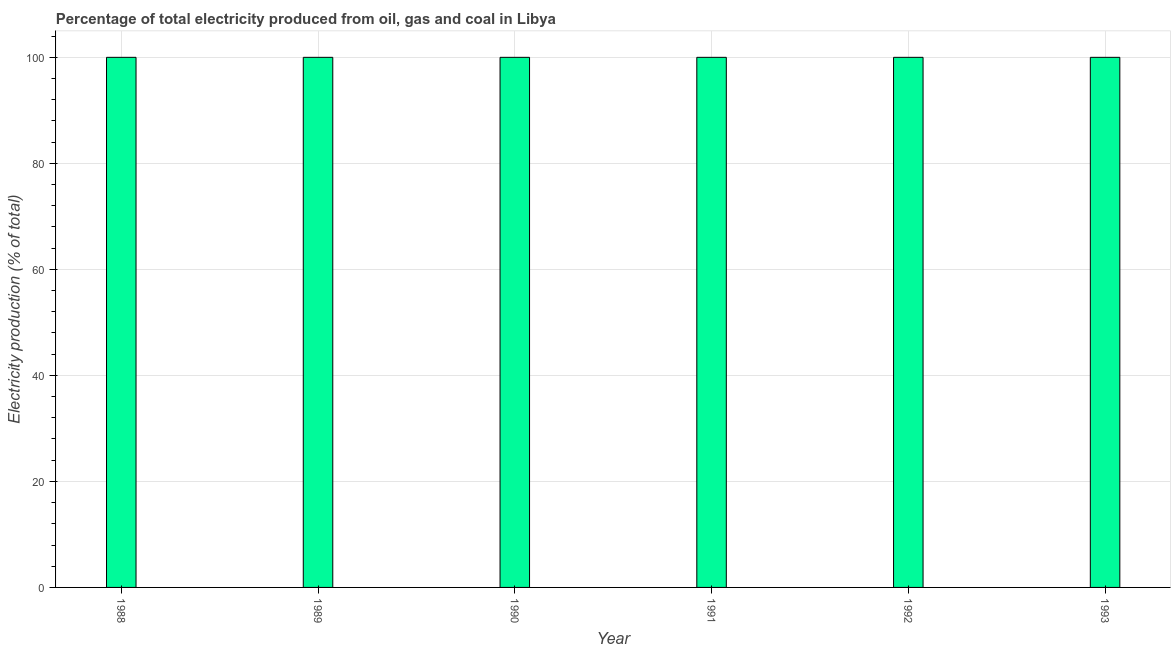
| Year | Electricity production |
 | --- | --- |
 | 1988 | 100 |
 | 1989 | 100 |
 | 1990 | 100 |
 | 1991 | 100 |
 | 1992 | 100 |
 | 1993 | 100 |